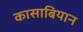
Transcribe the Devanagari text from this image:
कासाबियान